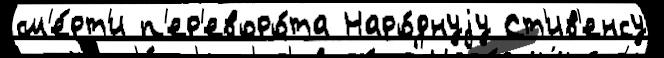
см'е́рт'и п'ер'еворо́та Наро́днуjу Ст'ив'енсу